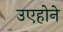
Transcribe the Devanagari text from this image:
उएहोने